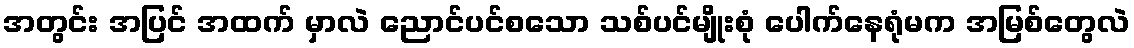
အတွင်း အပြင် အထက် မှာလဲ ညောင်ပင်စသော သစ်ပင်မျိုးစုံ ပေါက်နေရုံမက အမြစ်တွေလဲ